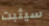
سيثبت